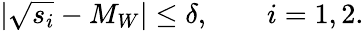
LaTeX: \vert\sqrt{s_{i}}-M_{W}\vert\leq\delta,\qquad i=1,2.